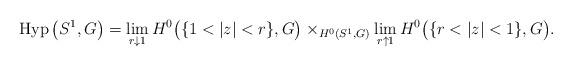
LaTeX: \begin{align*}\operatorname{Hyp}\big(S^1,G\big)=\lim_{r\downarrow 1}H^0\big(\{1<\vert z\vert <r\},G\big)\times_{H^0(S^1,G)}\lim_{r\uparrow 1}H^0\big(\{r<\vert z\vert <1\},G\big).\end{align*}